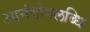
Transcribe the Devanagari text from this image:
आनंदोपलब्धि